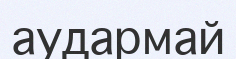
аудармай